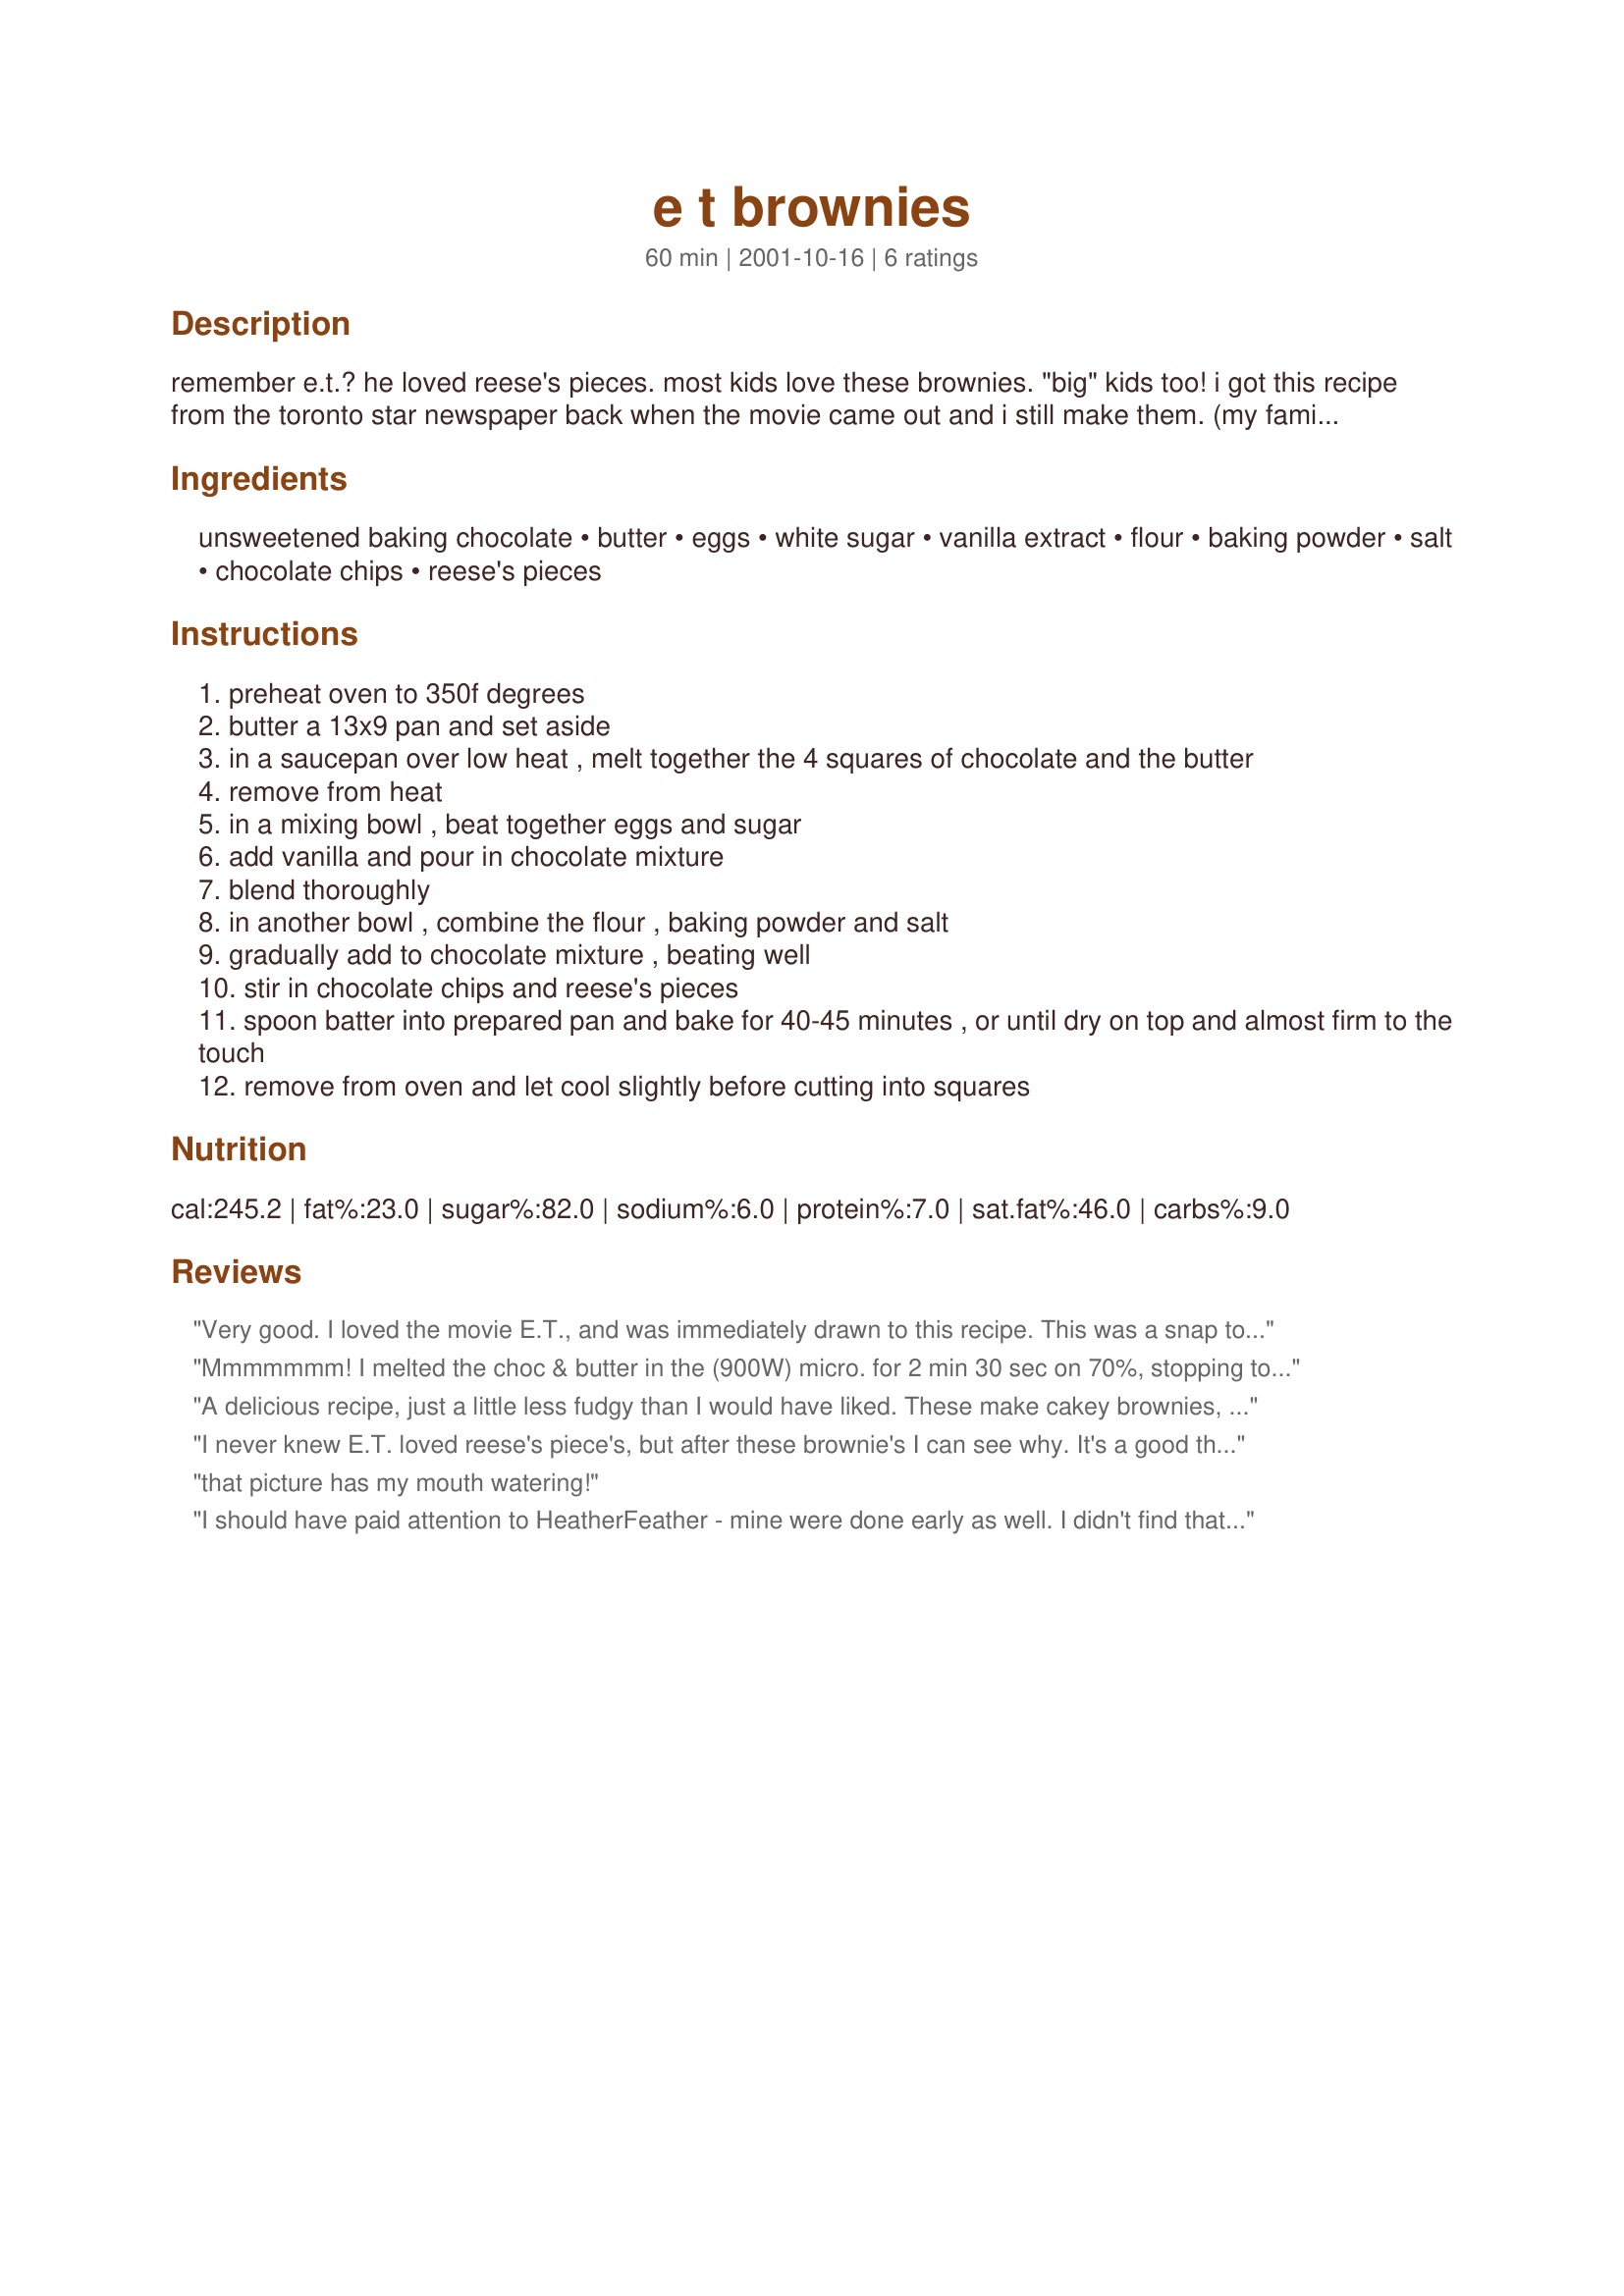
e t brownies
Preparation time: 60 minutes

remember e.t.? he loved reese's pieces. most kids love these brownies. "big" kids too! i got this recipe from the toronto star newspaper back when the movie came out and i still make them. (my family likes peanut butter.)

Ingredients:
unsweetened baking chocolate, butter, eggs, white sugar, vanilla extract, flour, baking powder, salt, chocolate chips, reese's pieces

Steps:
preheat oven to 350f degrees
butter a 13x9 pan and set aside
in a saucepan over low heat , melt together the 4 squares of chocolate and the butter
remove from heat
in a mixing bowl , beat together eggs and sugar
add vanilla and pour in chocolate mixture
blend thoroughly
in another bowl , combine the flour , baking powder and salt
gradually add to chocolate mixture , beating well
stir in chocolate chips and reese's pieces
spoon batter into prepared pan and bake for 40-45 minutes , or until dry on top and almost firm to the touch
remove from oven and let cool slightly before cutting into squares

Reviews:
Very good. I loved the movie E.T., and was immediately drawn to this recipe. This was a snap to prepare and the directions are very clear. I would check these early as these finished a bit earlier than the suggested 40-45 minutes for me. Mine were a little less moist than I like my brownies, yet still very tasty. I think these would be especially nice with a peanut butter icing on top.
Mmmmmmm! I melted the choc & butter in the (900W) micro. for 2 min 30 sec on 70%, stopping to stir twice. I used M&Ms instead of choc. chips and used unsweetened Ghirardelli choc so they are rich and extremely good! Baked for 35 min. Thanks so much for the recipe Lennie!! :)
A delicious recipe, just a little less fudgy than I would have liked. These make cakey brownies, which are delicious with their candy (I used M & M's instead of Reese's Pieces) and chocolate chips. I added a basic chocolate buttercream frosting once these were sufficiently cooled.

One thing - all of my M&M's sunk to the bottom of the brownies! :) I'll have to experiment to see how to remedy this problem.

All in all, a delicious treat!
I never knew E.T. loved reese's piece's, but after these brownie's I can see why. It's a good thing they make a 13x9 because they go real quick!!!
that picture has my mouth watering!
I should have paid attention to HeatherFeather - mine were done early as well. I didn't find that the Reese's pieces sank, but I did accidentally melt the coating off (my chocolate wasn't quite cool enough). I liked the peanut butter flavor - and the chocolate chips.
